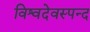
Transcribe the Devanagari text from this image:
विश्वदेवस्पन्द